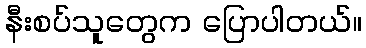
နီးစပ်သူတွေက ပြောပါတယ်။